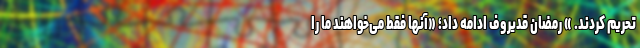
تحریم کردند. » رمضان قدیروف ادامه داد؛ «آنها فقط می‌خواهند ما را